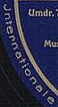
Jnternationele